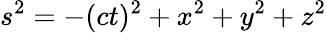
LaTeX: s^{2}=-(ct)^{2}+x^{2}+y^{2}+z^{2}